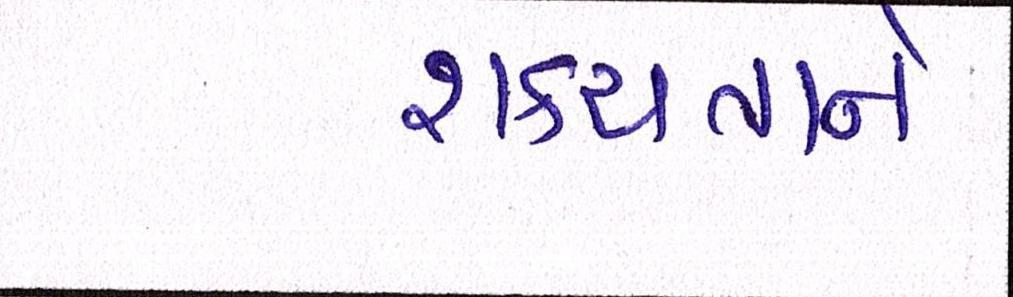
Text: શક્યતાને